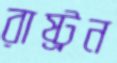
রাষ্ট্রন